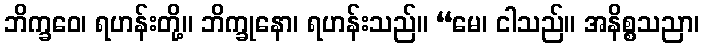
ဘိက္ခဝေ၊ ရဟန်းတို့။ ဘိက္ခုနော၊ ရဟန်းသည်။ “မေ၊ ငါသည်။ အနိစ္စသညာ၊